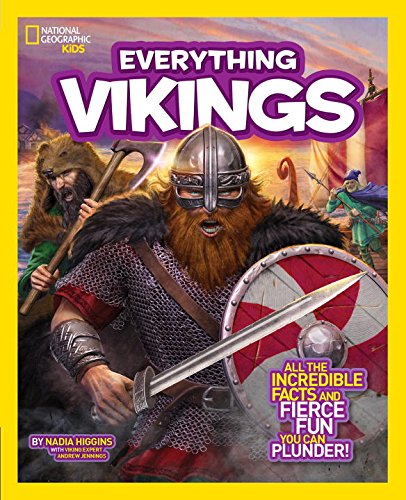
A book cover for National Geographic Kids Everything Vikings: All the Incredible Facts and Fierce Fun You Can Plunder; Nadia Higgins; Children's Books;